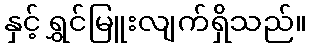
နှင့် ရွှင်မြူးလျက်ရှိသည်။